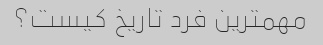
مهمترین فرد تاریخ کیست؟